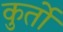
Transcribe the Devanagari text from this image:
कुर्तो